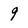
Character: 9